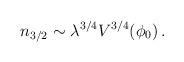
LaTeX: \begin{align*}n_{3/2} \sim \lambda^{3/4} V^{3/4}(\phi_0) \,.\end{align*}